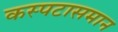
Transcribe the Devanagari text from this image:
कस्पटासमान